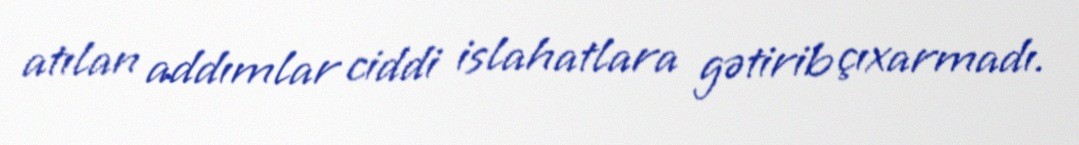
atılan addımlar ciddi islahatlara gətirib çıxarmadı.